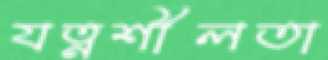
যত্নশীলতা